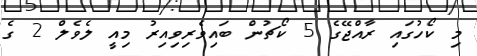
މި ކޯހުގައި ރާއްޖޭގެ 5 ކޯޗުން ބައިވެރިވިއިރު މިއީ ލެވެލް 2 ގެ